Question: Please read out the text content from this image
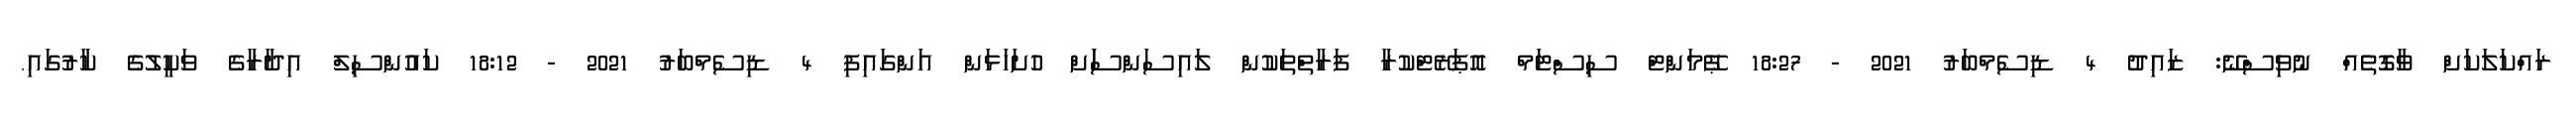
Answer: ރައްކަލަކަށް ވާގޮތެއް ނުވިސްނޭ: ޒައިދު 4 ޑިސެމްބަރު 2021 - 18:27 ޕޭމަންޓް ސިސްޓަމް އޮޕަރޭޓްކުރާ ފަރާތްތަކުން ލައިސަންސަަށް ހުށަހަޅަން އަންގައިފި 4 ޑިސެމްބަރު 2021 - 18:12 ކައުންސިލް އިދާރާގެ ވަކީލުގެ ކާރުގައި.